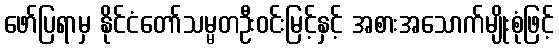
ဖော်ပြရာမှ နိုင်ငံတော်သမ္မတဦးဝင်းမြင့်နှင့် အစားအသောက်မျိုးစုံဖြင့်